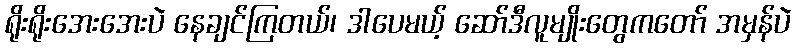
ရိုးရိုးအေးအေးပဲ နေချင်ကြတယ်၊ ဒါပေမယ့် ဆော်ဒီလူမျိုးတွေကတော် အမှန်ပဲ